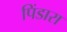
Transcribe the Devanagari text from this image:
पिंडारा